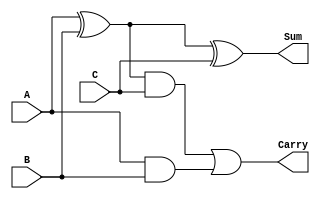
module full_adder(A,B,C,Carry,Sum);
input A,B,C;
output Carry,Sum;


wire x,y,z;



xor(z,A,B);
and(y,z,C);
and(x,A,B);

or(Carry,y,x);


xor(Sum,A,B,C);

endmodule

module Test;
reg a,b,c;
wire carry,sum;

full_adder fa(a,b,c,carry,sum);
initial begin
	$dumpfile("full_adder.vcd");
	$dumpvars(0,Test);
	$display("A B C Carry Sum");
	$monitor("%b %b %b \t %b   %b", a,b,c,carry,sum);
	a=0;b=0;c=0;
	#10 a=0;b=0;c=1;
	#10 a=0;b=1;c=0;
	#10 a=0;b=1;c=1;
	#10 a=1;b=0;c=0;
	#10 a=1;b=0;c=1;
	#10 a=1;b=1;c=0;
	#10 a=1;b=1;c=1;
	#10
	$finish;
	end
	endmodule